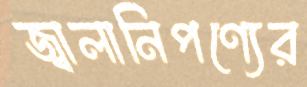
জ্বালানিপণ্যের